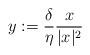
LaTeX: \begin{align*}y:=\frac{\delta}{\eta}\frac{x}{|x|^2}\end{align*}